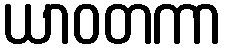
ယာဝတကာ